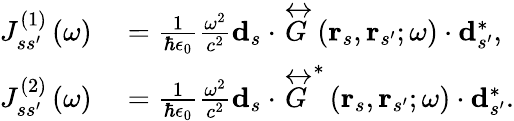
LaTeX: \begin{array}{rl}{J_{ss^{\prime}}^{\left(1\right)}\left(\omega\right)}&{{}=\frac{1}{\hbar\epsilon_{0}}\frac{\omega^{2}}{c^{2}}\mathbf{d}_{s}\cdot\overleftrightarrow{G}\left(\mathbf{r}_{s},\mathbf{r}_{s^{\prime}};\omega\right)\cdot\mathbf{d}_{s^{\prime}}^{*},}\\ {J_{ss^{\prime}}^{\left(2\right)}\left(\omega\right)}&{{}=\frac{1}{\hbar\epsilon_{0}}\frac{\omega^{2}}{c^{2}}\mathbf{d}_{s}\cdot\overleftrightarrow{G}^{*}\left(\mathbf{r}_{s},\mathbf{r}_{s^{\prime}};\omega\right)\cdot\mathbf{d}_{s^{\prime}}^{*}.}\end{array}